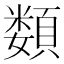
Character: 𩔗